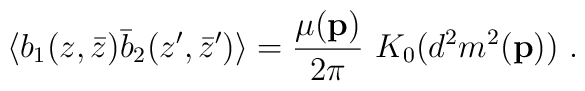
\langle b_1(z,\bar{z}) \bar{b}_2(z',\bar{z}') \rangle={\mu({\bf p}) \over 2\pi}~ K_0(d^2m^2({\bf p}))~.